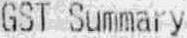
GST SUMMARY